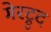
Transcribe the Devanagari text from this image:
गेरट्रुद